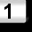
Digit: 1